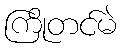
ကြိုတင်မဲ